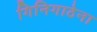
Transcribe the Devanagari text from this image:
गिनिगाठेना